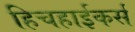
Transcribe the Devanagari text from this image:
हिचहाईकर्स